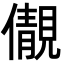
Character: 儬